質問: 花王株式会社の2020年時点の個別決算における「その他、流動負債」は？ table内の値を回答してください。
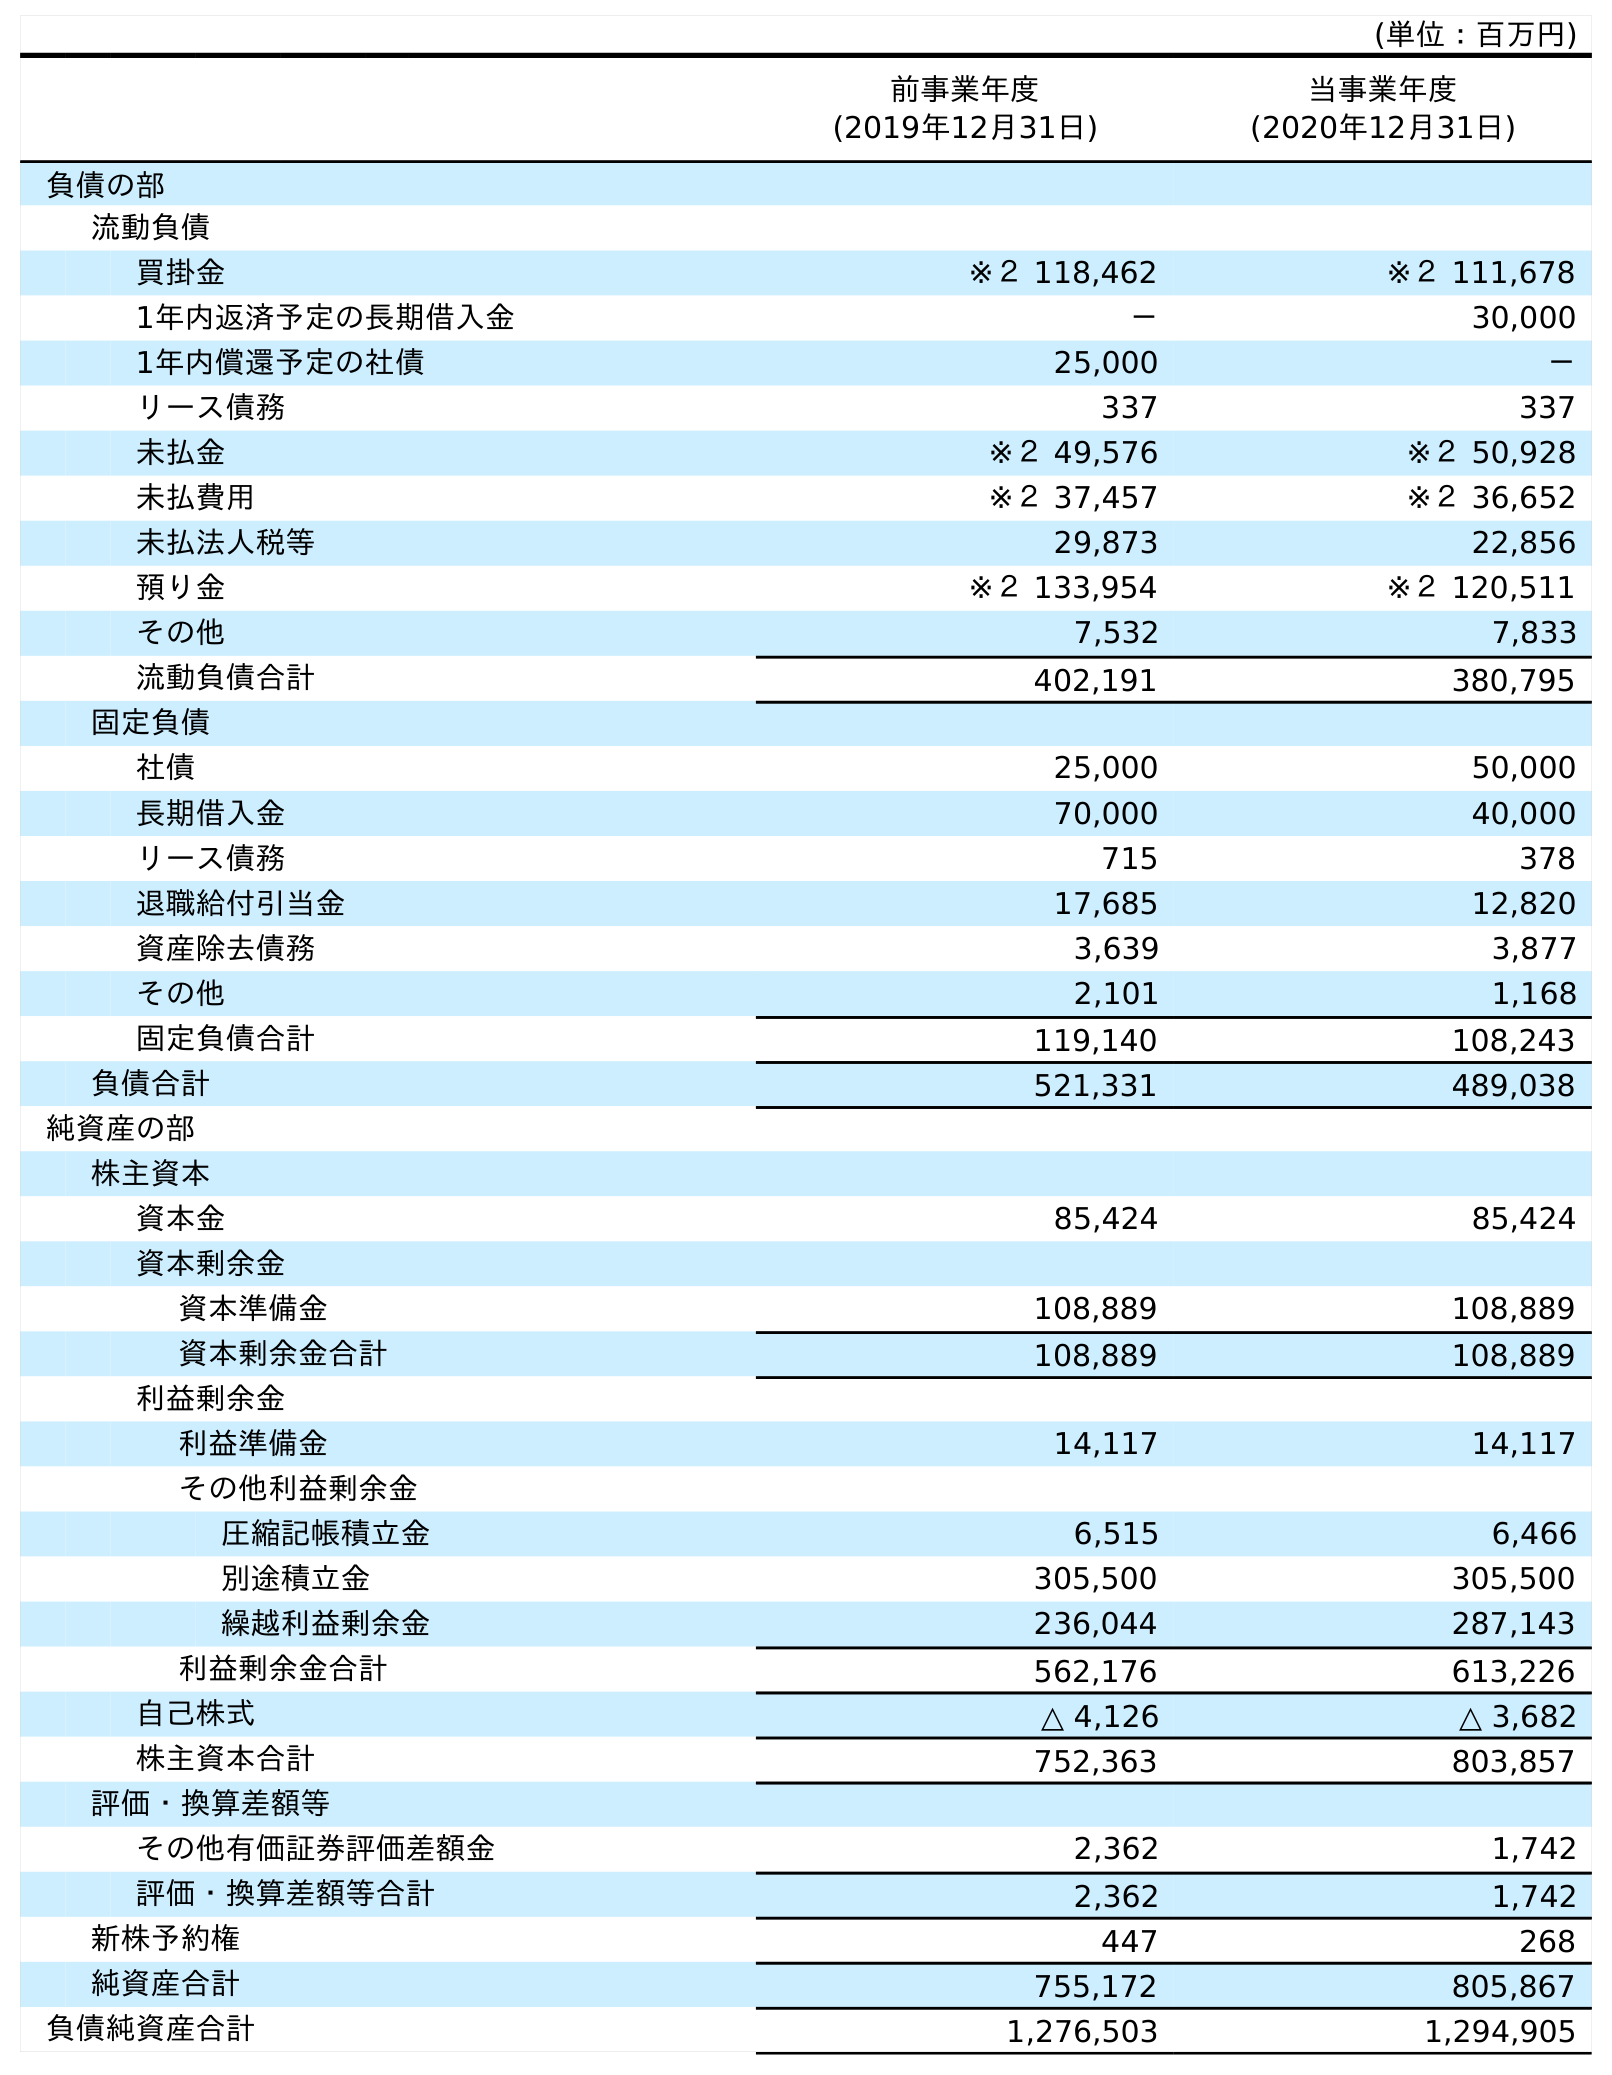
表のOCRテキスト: (単位：百万円) 前事業年度 (2019年12月31日) 当事業年度 (2020年12月31日) 負債の部 流動負債 買掛金 ※２ 118,462 ※２ 111,678 1年内返済予定の長期借入金 － 30,000 1年内償還予定の社債 25,000 － リース債務 337 337 未払金 ※２ 49,576 ※２ 50,928 未払費用 ※２ 37,457 ※２ 36,652 未払法人税等 29,873 22,856 預り金 ※２ 133,954 ※２ 120,511 その他 7,532 7,833 流動負債合計 402,191 380,795 固定負債 社債 25,000 50,000 長期借入金 70,000 40,000 リース債務 715 378 退職給付引当金 17,685 12,820 資産除去債務 3,639 3,877 その他 2,101 1,168 固定負債合計 119,140 108,243 負債合計 521,331 489,038 純資産の部 株主資本 資本金 85,424 85,424 資本剰余金 資本準備金 108,889 108,889 資本剰余金合計 108,889 108,889 利益剰余金 利益準備金 14,117 14,117 その他利益剰余金 圧縮記帳積立金 6,515 6,466 別途積立金 305,500 305,500 繰越利益剰余金 236,044 287,143 利益剰余金合計 562,176 613,226 自己株式 △ 4,126 △ 3,682 株主資本合計 752,363 803,857 評価・換算差額等 その他有価証券評価差額金 2,362 1,742 評価・換算差額等合計 2,362 1,742 新株予約権 447 268 純資産合計 755,172 805,867 負債純資産合計 1,276,503 1,294,905
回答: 7,833